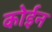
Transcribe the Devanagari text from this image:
कोईन